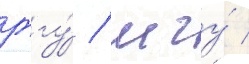
рггу́ / мгу́ /